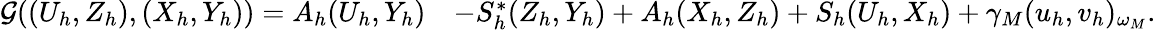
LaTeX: \begin{array}{rl}{\mathcal{G}((U_{h},Z_{h}),(X_{h},Y_{h}))=A_{h}(U_{h},Y_{h})}&{-S_{h}^{\ast}(Z_{h},Y_{h})+A_{h}(X_{h},Z_{h})+S_{h}(U_{h},X_{h})+\gamma_{M}({u}_{h},{v}_{h})_{\omega_{M}}.}\end{array}